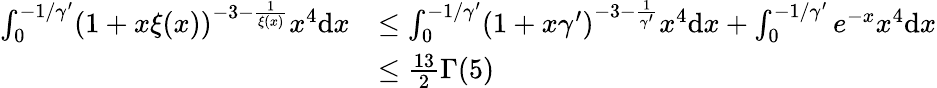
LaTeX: \begin{array}{rl}{\int_{0}^{-1/\gamma^{\prime}}(1+x\xi(x))^{-3-\frac{1}{\xi(x)}}x^{4}\mathrm{d}x}&{\leq\int_{0}^{-1/\gamma^{\prime}}(1+x\gamma^{\prime})^{-3-\frac{1}{\gamma^{\prime}}}x^{4}\mathrm{d}x+\int_{0}^{-1/\gamma^{\prime}}e^{-x}x^{4}\mathrm{d}x}\\ &{\leq\frac{13}{2}\Gamma(5)}\end{array}